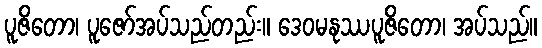
ပူဇိတော၊ ပူဇော်အပ်သည်တည်း။ ဒေဝမနုဿပူဇိတော၊ အပ်သည်။